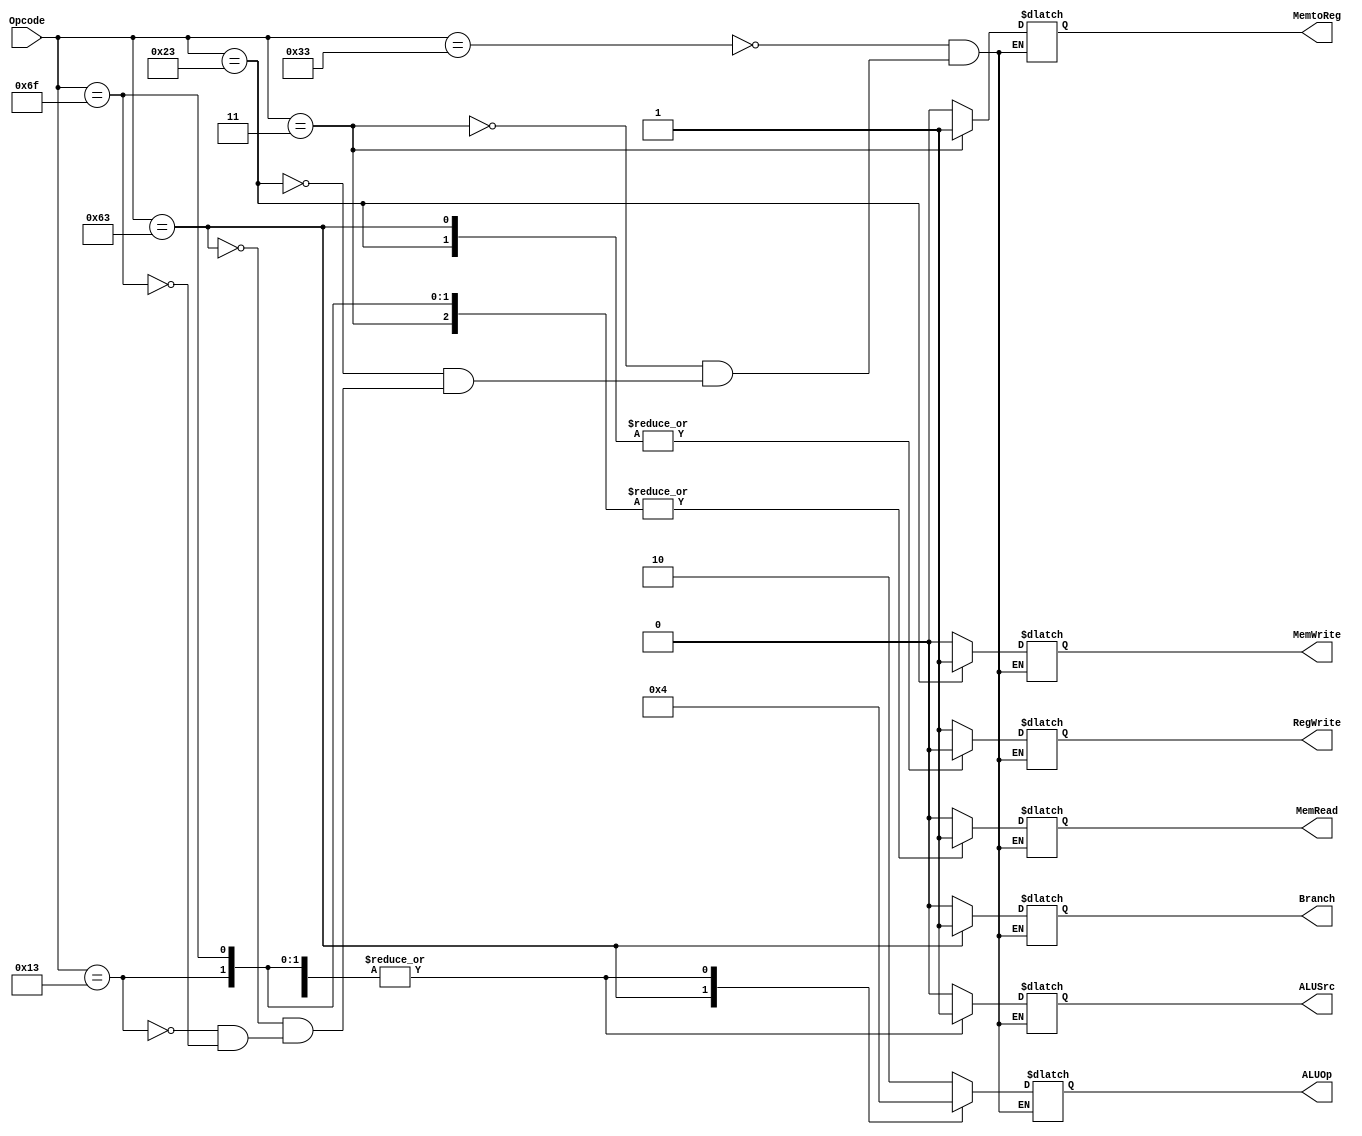
module Control_Unit(
	input [6:0] Opcode,
	output reg [1:0] ALUOp,
	output reg Branch, MemRead, MemtoReg, MemWrite, ALUSrc, RegWrite
);

initial 
begin
	Branch = 1'b0;
	MemRead = 1'b0; 
	MemtoReg = 1'b0; 
	MemWrite = 1'b0; 
	ALUSrc = 1'b0;
	RegWrite = 1'b0;
	ALUOp = 2'b00;
end

always @ (*)
begin 
	case (Opcode)
	7'b0110011:
	begin
		ALUSrc = 1'b0; 
		MemtoReg = 1'b0;
		RegWrite = 1'b1;
		MemRead = 1'b0;
		MemWrite = 1'b0;
		Branch = 1'b0;
		ALUOp = 2'b10;
	end
	7'b0000011:
	begin
		ALUSrc = 1'b1; 
		MemtoReg = 1'b1;
		RegWrite = 1'b1;
		MemRead = 1'b1;
		MemWrite = 1'b0;
		Branch = 1'b0;
		ALUOp = 2'b00;
	end
	7'b0100011:
	begin
		ALUSrc = 1'b1; 
		MemtoReg = 1'bx;
		RegWrite = 1'b0;
		MemRead = 1'b0;
		MemWrite = 1'b1;
		Branch = 1'b0;
		ALUOp = 2'b00;
	end
	7'b1100011:
	begin
		ALUSrc = 1'b0; 
		MemtoReg = 1'bx;
		RegWrite = 1'b0;
		MemRead = 1'b0;
		MemWrite = 1'b0;
		Branch = 1'b1;
		ALUOp = 2'b01;
	end
	7'b0010011:
	begin
		ALUSrc = 1'b1; 
		MemtoReg = 1'b0;
		RegWrite = 1'b1;
		MemRead = 1'b1;
		MemWrite = 1'b0;
		Branch = 1'b0;
		ALUOp = 2'b00;
	end
	// jal
	7'b1101111:	
	begin
		ALUSrc = 1'b1; 
		MemtoReg = 1'b0;
		RegWrite = 1'b1;
		MemRead = 1'b1;
		MemWrite = 1'b0;
		Branch = 1'b0;
		ALUOp = 2'b00;
	end
	endcase
end

endmodule